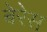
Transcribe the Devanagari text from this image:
बेरेस